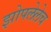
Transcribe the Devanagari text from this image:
झोपलेलेच